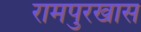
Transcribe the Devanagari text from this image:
रामपुरखास